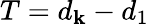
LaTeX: T=d_{\mathbf{k}}-d_{1}